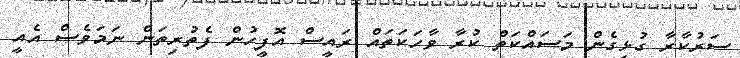
ސަރުކާރާ ގުޅިގެން މަސައްކަތް ކުރާ ވާހަކަތައް ރައީސް އޮފީހުން ފެތުރިތަން ނަމަވެސް އެއީ